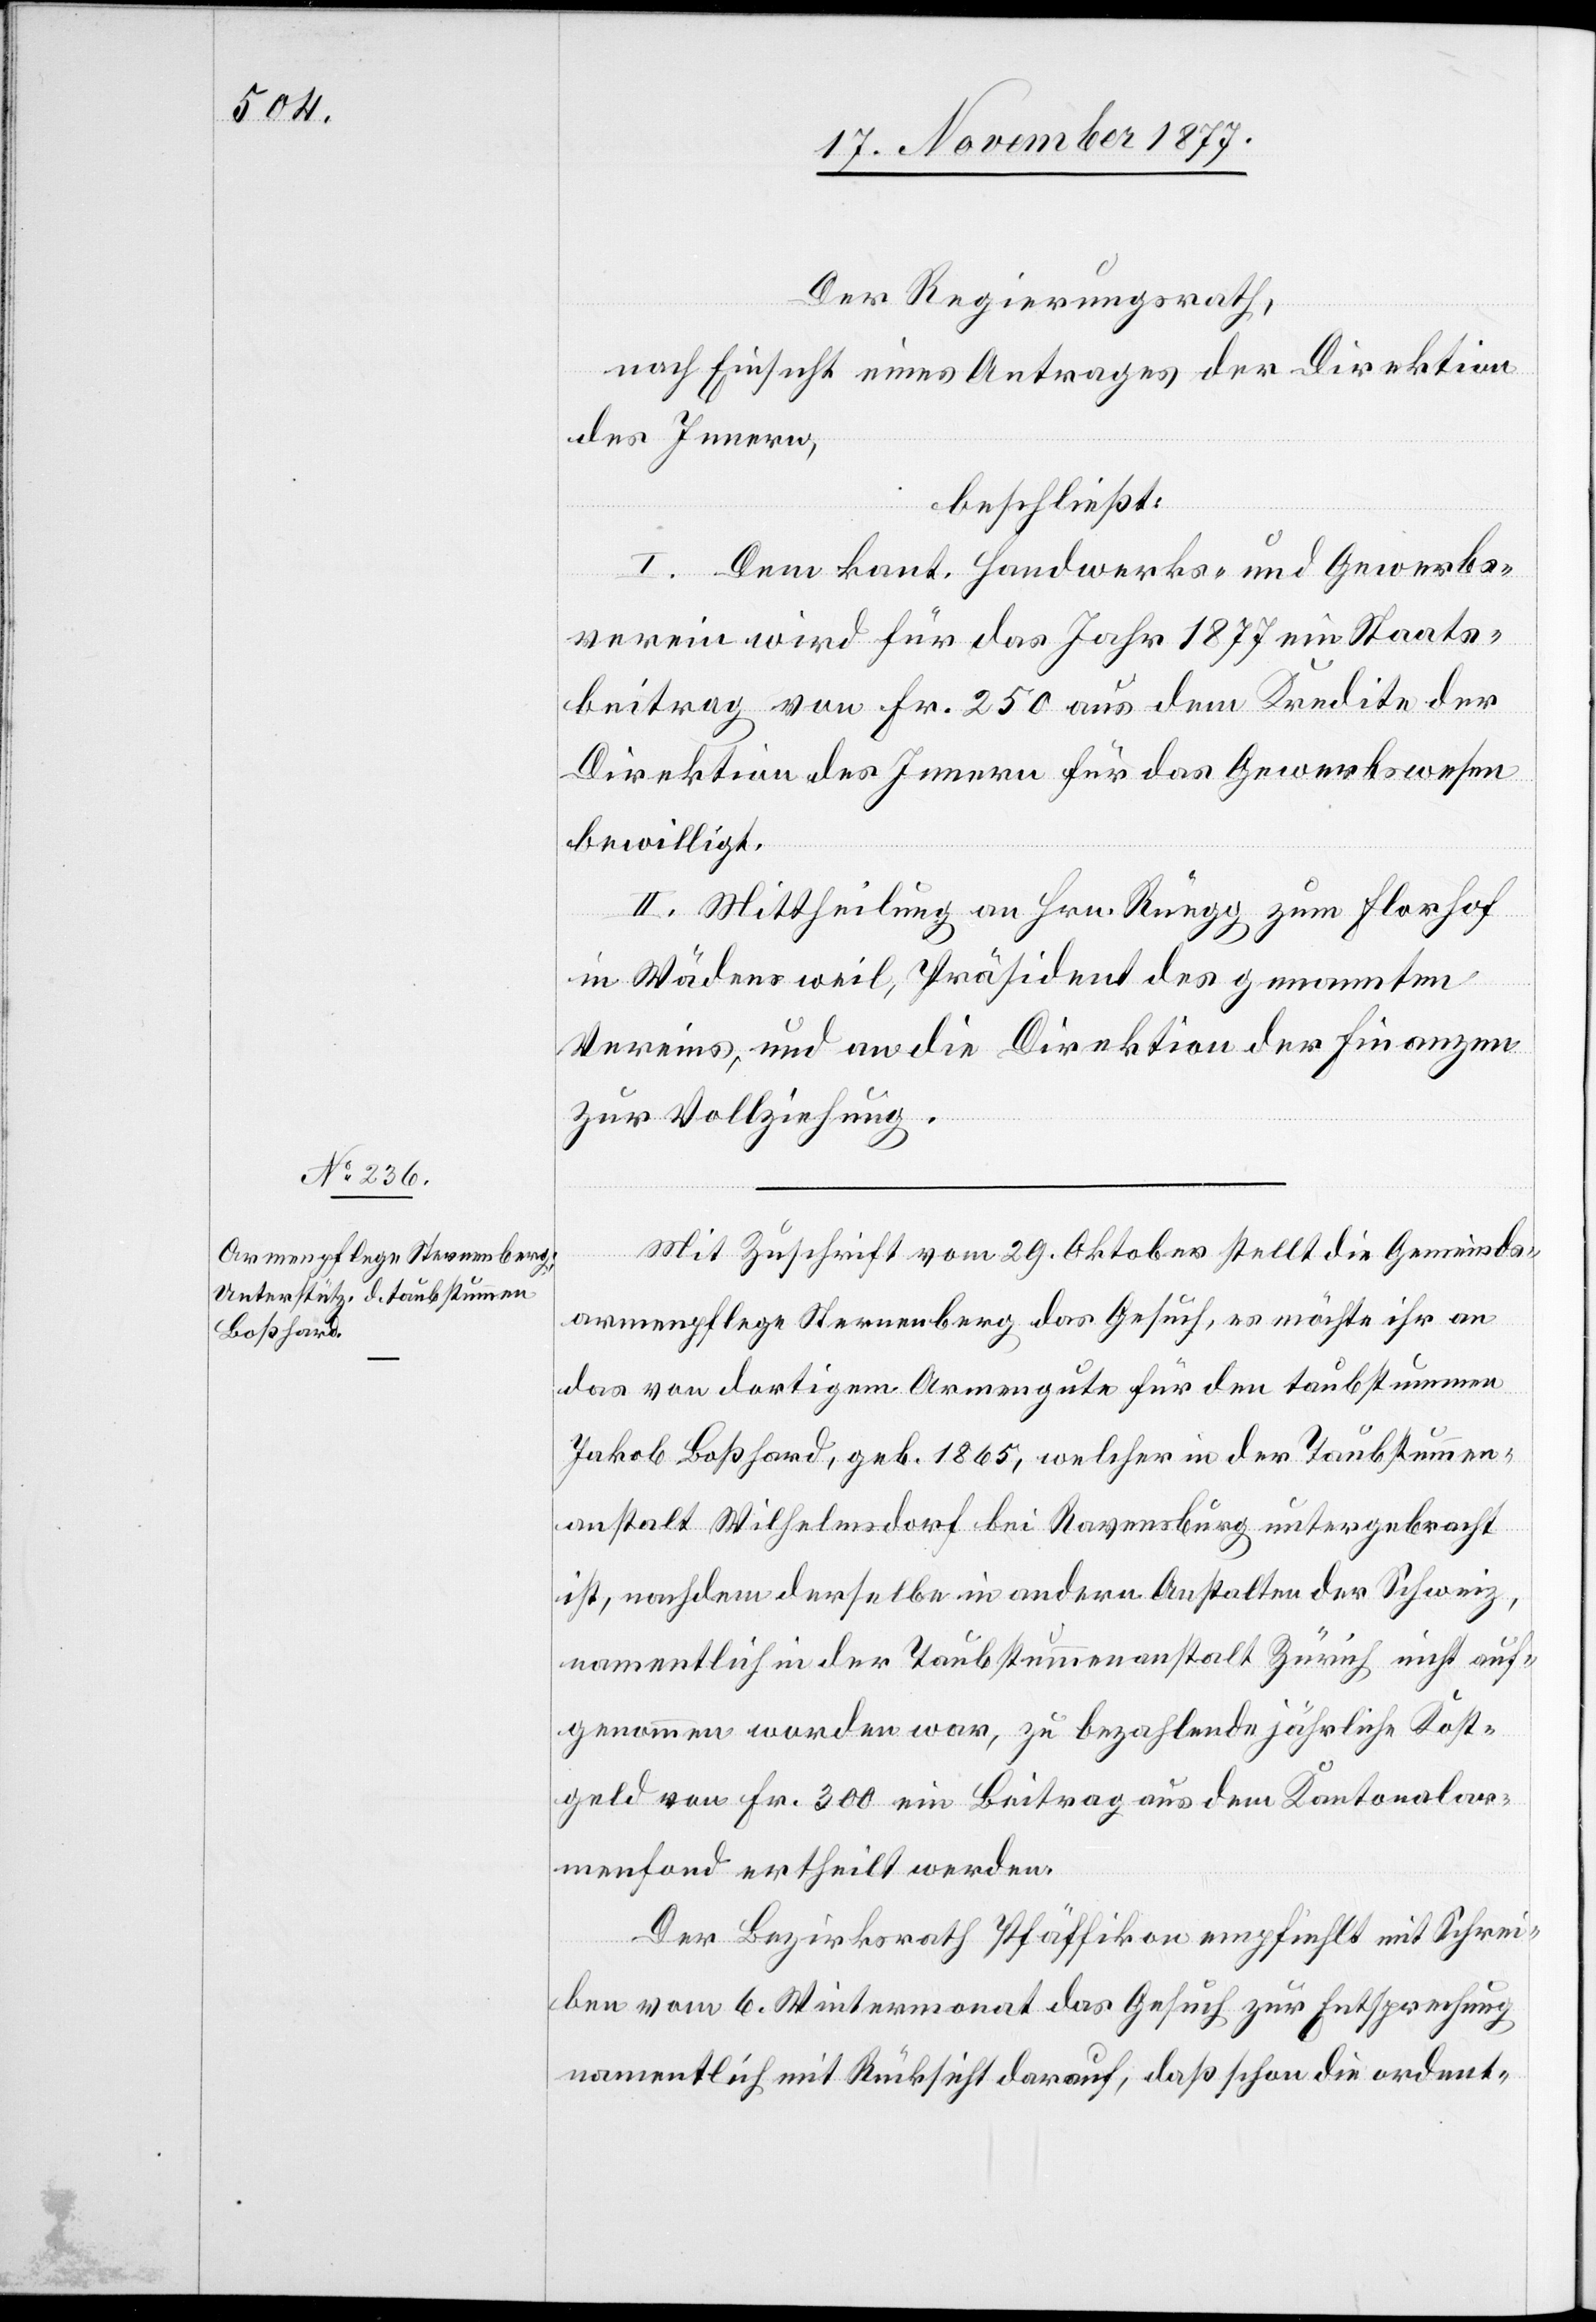
Der Regierungsrath,
nach Einsicht eines Antrages der Direktion
des Innern,
beschließt:
I. Dem kant. Handwerks- und Gewerbs¬
verein wird für das Jahr 1877 ein Staats¬
beitrag von Fr. 250 aus dem Kredite der
Direktion des Innern für das Gewerbswesen
bewilligt.
II. Mittheilung an Hrn. Rüegg zum Florhof
in Wädensweil, Präsident des genannten
Vereins, und an die Direktion der Finanzen
zur Vollziehung.
Mit Zuschrift vom 29. Oktober stellt die Gemeinds¬
armenpflege Sternenberg das Gesuch, es möchte ihr an
das von dortigem Armengute für den taubstummen
Jakob Boßhard, geb. 1865, welcher in der Taubstummen¬
anstalt Wilhelmsdorf bei Ravensburg untergebracht
ist, nachdem derselbe in andern Anstalten der Schweiz,
namentlich in der Taubstummenanstalt Zürich nicht auf¬
genommen worden war, zu bezahlende jährliche Kost¬
geld von Fr. 300 ein Beitrag aus dem Kantonalar¬
menfond ertheilt werden.
Der Bezirksrath Pfäffikon empfiehlt mit Schrei¬
ben vom 6. Wintermonat das Gesuch zur Entsprechung
namentlich mit Rücksicht darauf, daß schon die ordent-